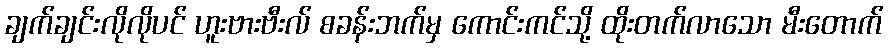
ချက်ချင်းလိုလိုပင် ဟူးဗားဗီးလ် စခန်းဘက်မှ ကောင်းကင်သို့ ထိုးတက်လာသော မီးတောက်